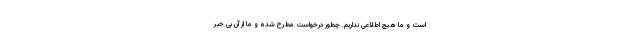
است و ما هیچ اطلاعی نداریم. چطور درخواست مطرح شده و ما از آن بی خبر